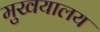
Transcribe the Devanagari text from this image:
मुखयालय